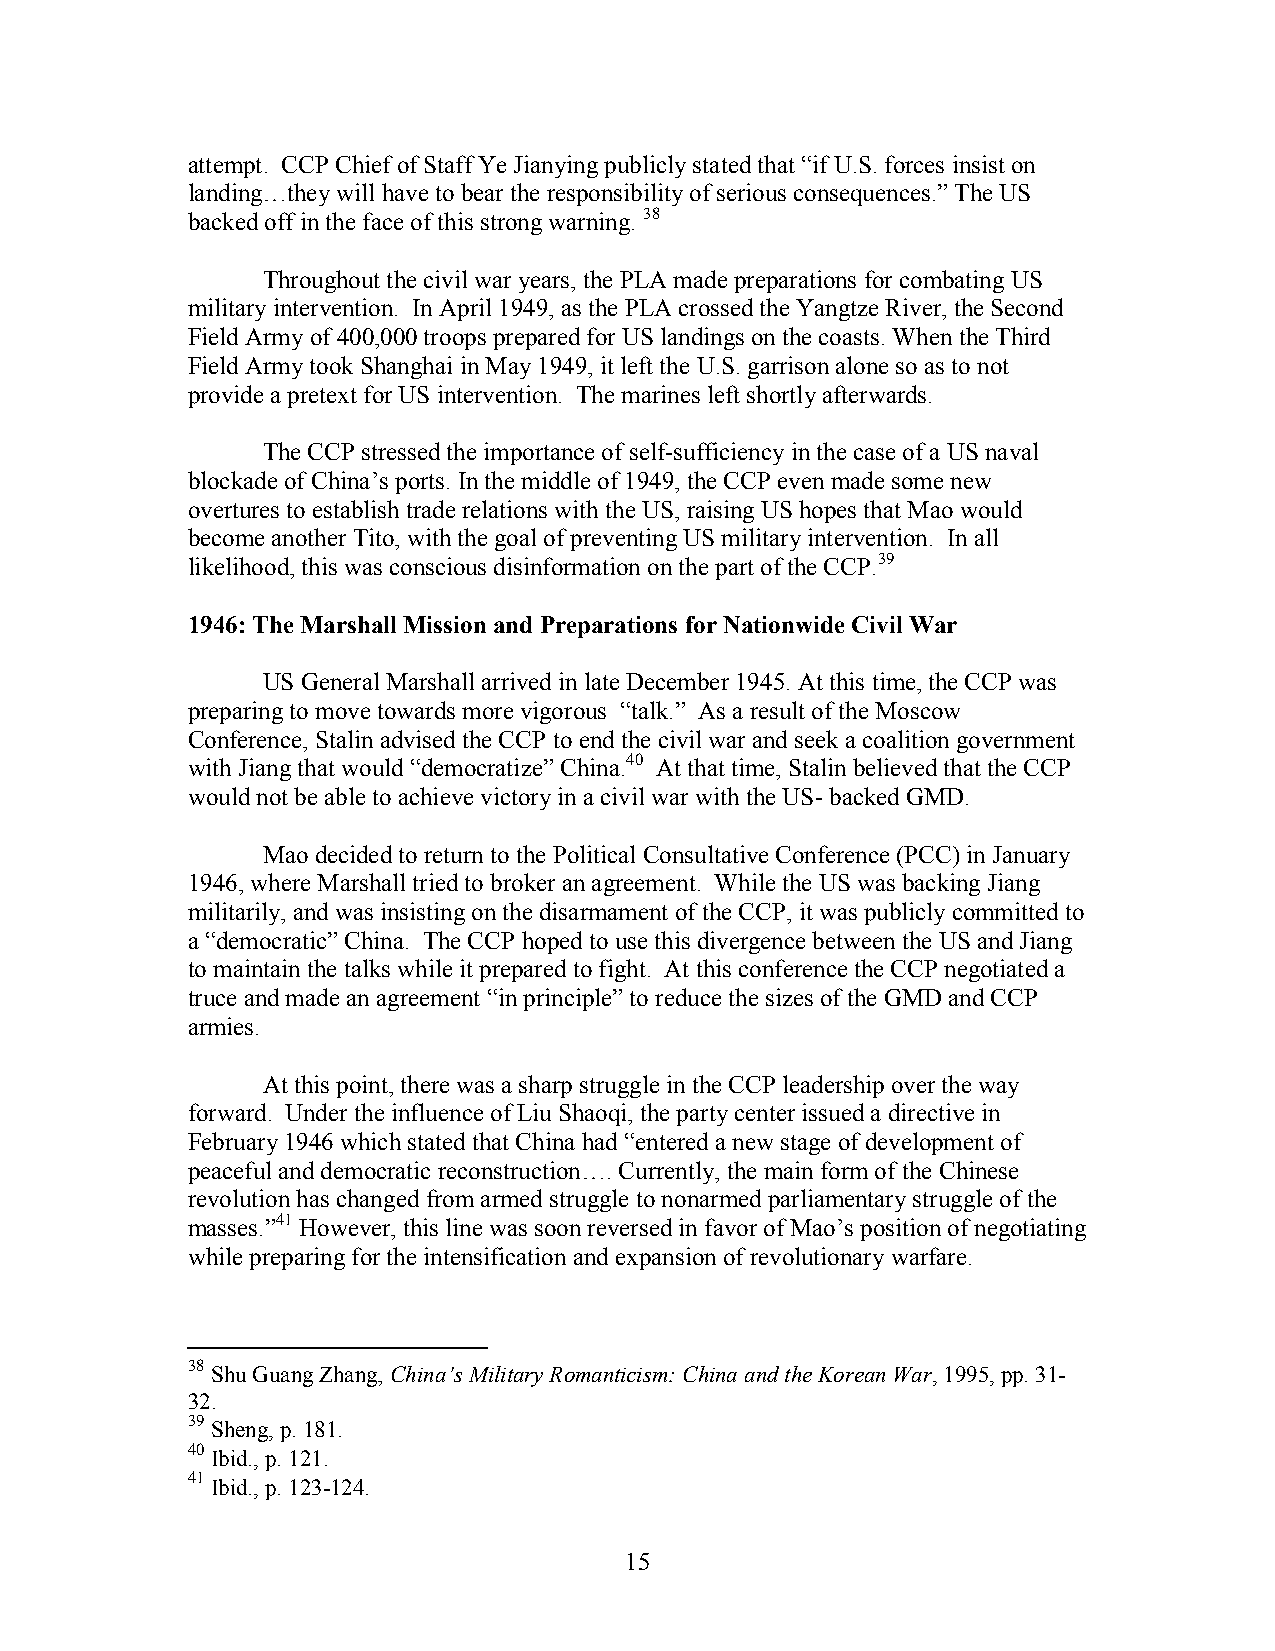
attempt. CCP Chief of Staff Ye Jianying publicly stated that “if U.S. forces insist on
 landing…they will have to bear the responsibility of serious consequences.” The US
 backed off in the face of this strong warning. 38
 Throughout the civil war years, the PLA made preparations for combating US
 military intervention. In April 1949, as the PLA crossed the Yangtze River, the Second
 Field Army of 400,000 troops prepared for US landings on the coasts. When the Third
 Field Army took Shanghai in May 1949, it left the U.S. garrison alone so as to not
 provide a pretext for US intervention. The marines left shortly afterwards.
 The CCP stressed the importance of self-sufficiency in the case of a US naval
 blockade of China’s ports. In the middle of 1949, the CCP even made some new
 overtures to establish trade relations with the US, raising US hopes that Mao would
 become another Tito, with the goal of preventing US military intervention. In all
 likelihood, this was conscious disinformation on the part of the CCP.39
 1946: The Marshall Mission and Preparations for Nationwide Civil War
 US General Marshall arrived in late December 1945. At this time, the CCP was
 preparing to move towards more vigorous “talk.” As a result of the Moscow
 Conference, Stalin advised the CCP to end the civil war and seek a coalition government
 with Jiang that would “democratize” China.40 At that time, Stalin believed that the CCP
 would not be able to achieve victory in a civil war with the US- backed GMD.
 Mao decided to return to the Political Consultative Conference (PCC) in January
 1946, where Marshall tried to broker an agreement. While the US was backing Jiang
 militarily, and was insisting on the disarmament of the CCP, it was publicly committed to
 a “democratic” China. The CCP hoped to use this divergence between the US and Jiang
 to maintain the talks while it prepared to fight. At this conference the CCP negotiated a
 truce and made an agreement “in principle” to reduce the sizes of the GMD and CCP
 armies.
 At this point, there was a sharp struggle in the CCP leadership over the way
 forward. Under the influence of Liu Shaoqi, the party center issued a directive in
 February 1946 which stated that China had “entered a new stage of development of
 peaceful and democratic reconstruction…. Currently, the main form of the Chinese
 revolution has changed from armed struggle to nonarmed parliamentary struggle of the
 masses.”41 However, this line was soon reversed in favor of Mao’s position of negotiating
 while preparing for the intensification and expansion of revolutionary warfare.
 38 Shu Guang Zhang, China’s Military Romanticism: China and the Korean War, 1995, pp. 31-
 32.
 39
 Sheng, p. 181.
 40
 Ibid., p. 121.
 41
 Ibid., p. 123-124.
 15